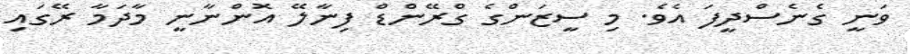
ވަނީ ގެނެސްދީފަ އެވެ. މި ސީޒަންގެ ގްރޭންޑް ފިނާލޭ އޮންނާނީ މާދަމާ ރޭގައި